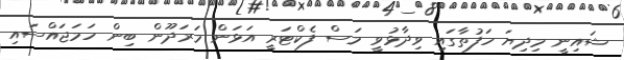
ޝައިނީ މިދިޔަ ހަފުތާގައި ވިދާޅުވީ މަސް ފެކްޓަރީ އަޅަން މަރަދޫން ބިން ހަމަޖައްސައި